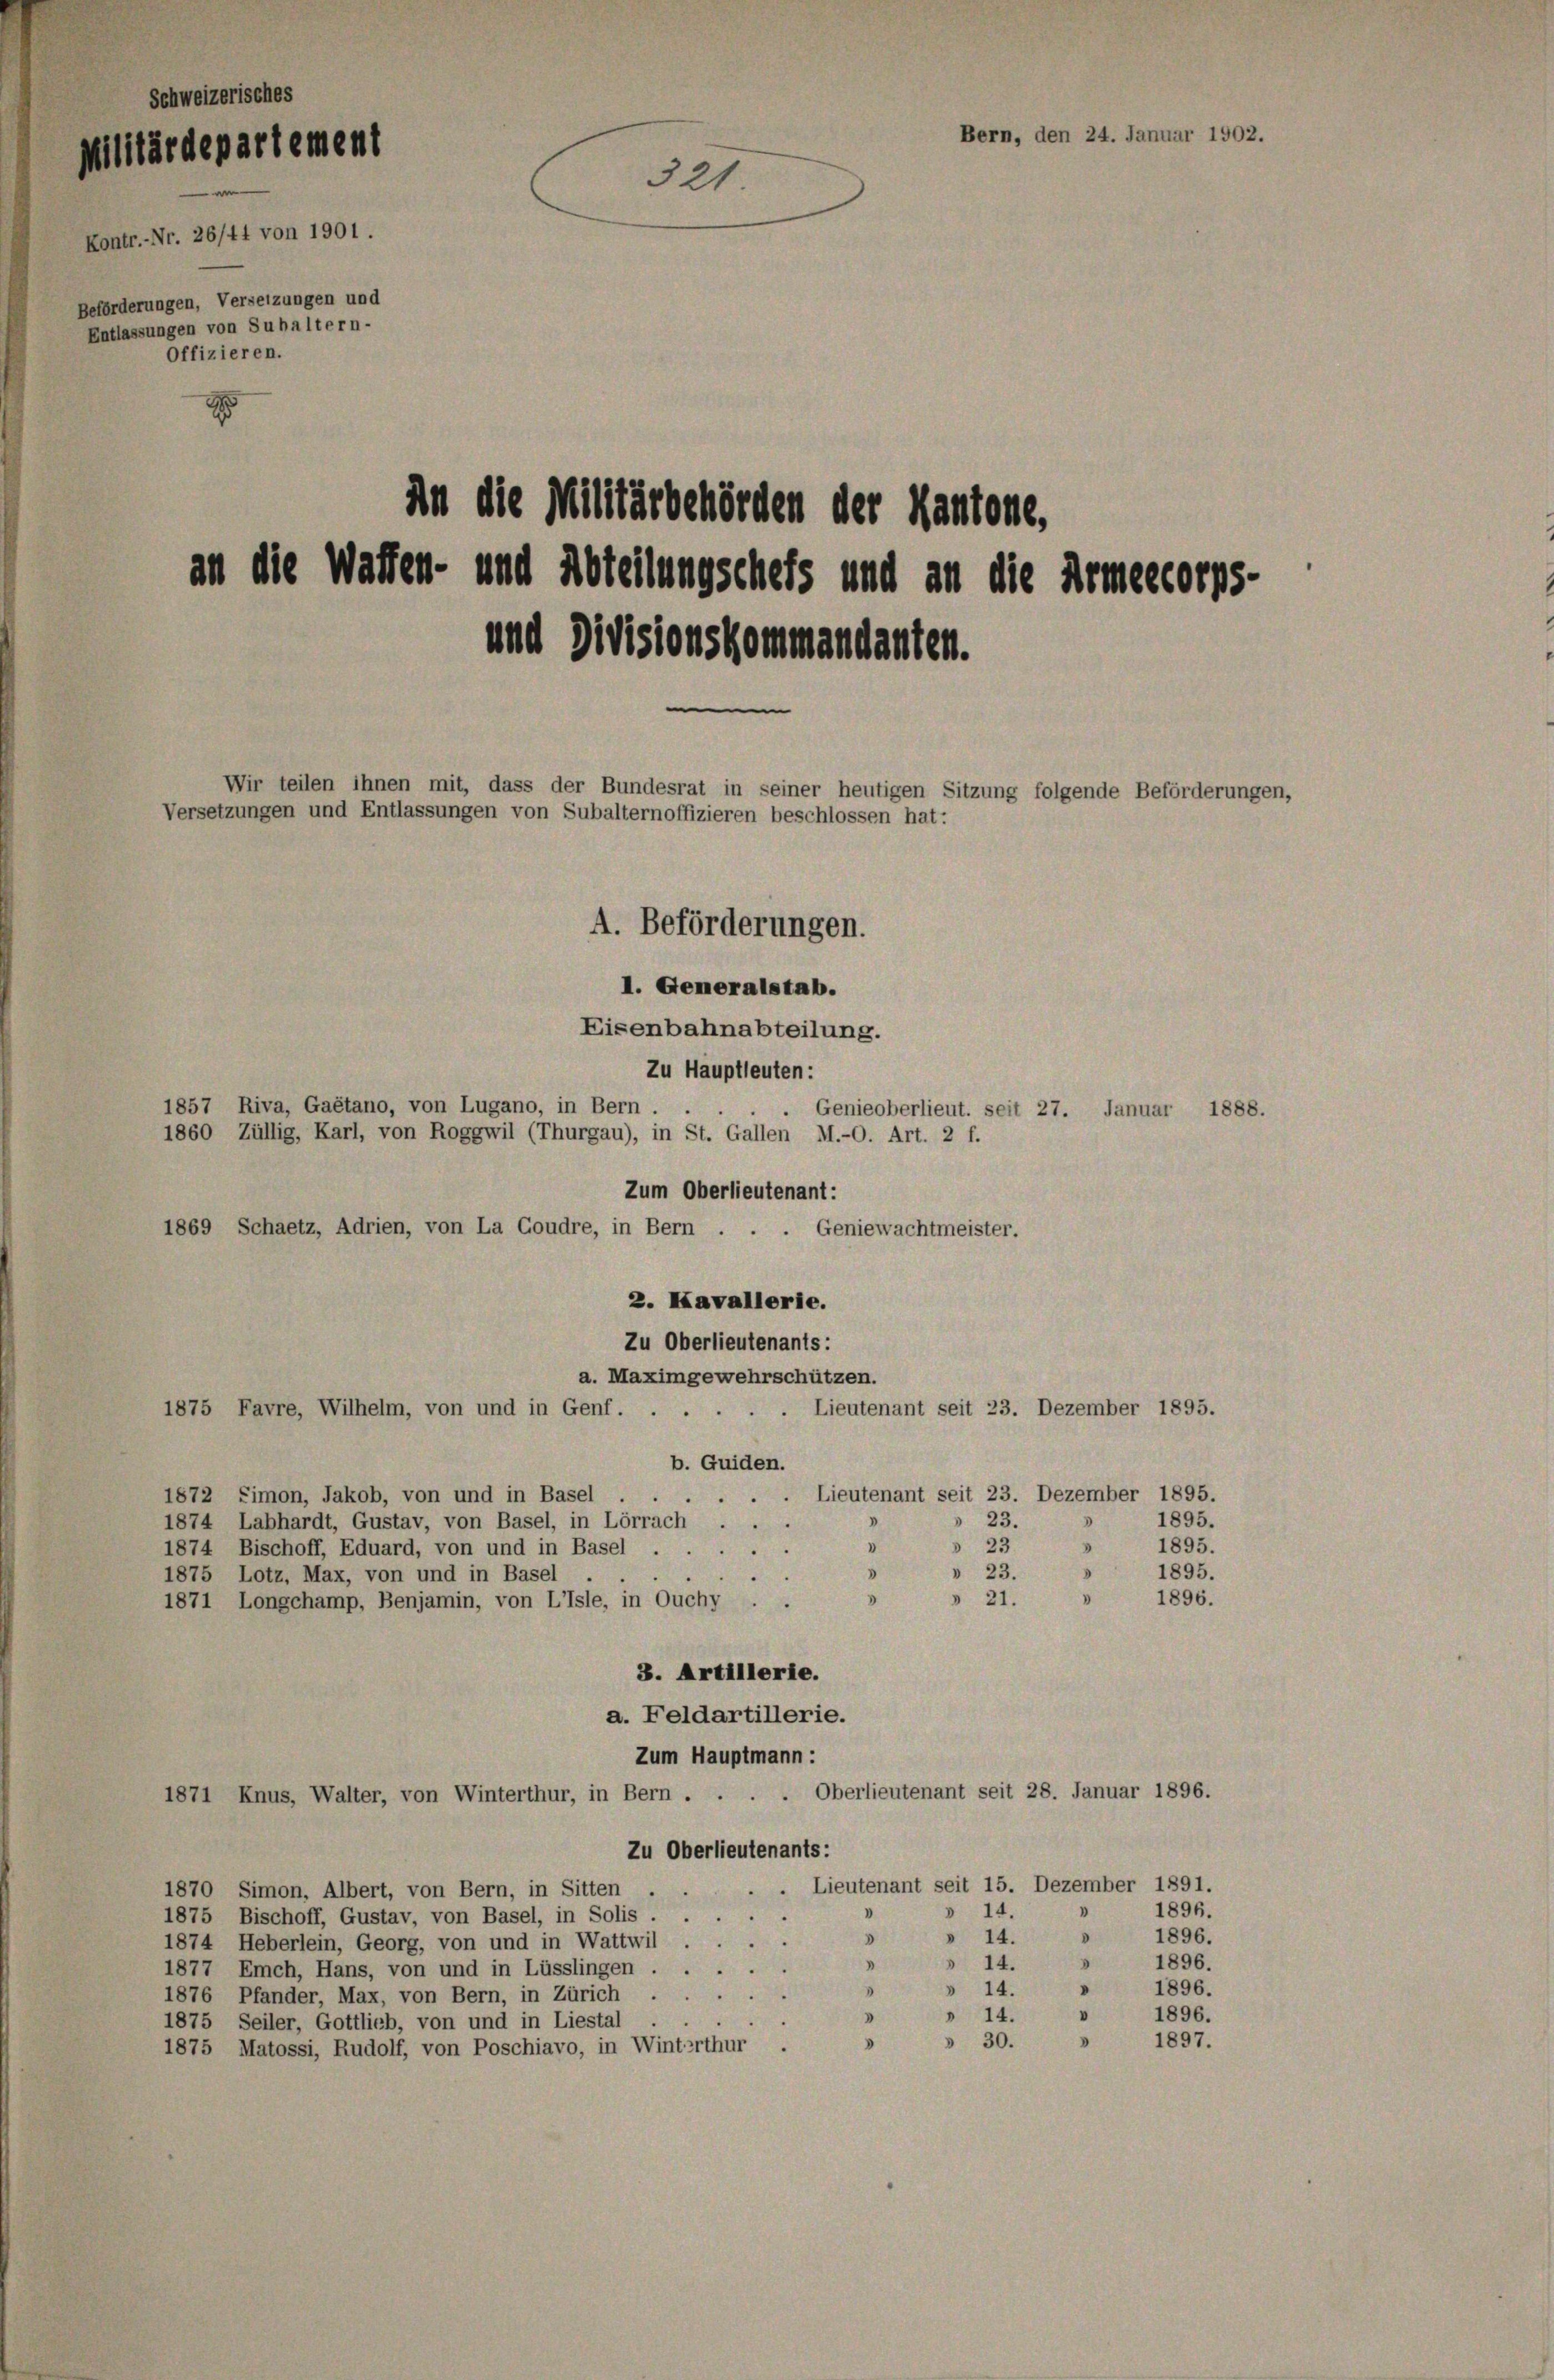
Schweizerisches
Militärdepartement
321.
Kontr.-Nr. 26/44 von 1901.
Beförderungen, Versetzungen und
Entlassungen von Subaltern-
Offizieren.
x
1
An die Militärbehörden der Kantone,
an die Waffen- und Abteilungschefs und an die Armeekorps-
und Divisionskommandanten.
Wir teilen ihnen mit, dass der Bundesrat in seiner heutigen Sitzung folgende Beförderungen,
Versetzungen und Entlassungen von Subalternoffizieren beschlossen hat:
A. Beförderungen.
I. Generalstab.
Eisenbahnabteilung.

Bern, den 24. Januar 1902.

Zu Hauptleuten:
1857 Riva, Gaétano, von Lugano, in Bern
1860 Züllig, Karl, von Roggwil (Thurgau), in St. Gallen M.-O. Art. 2 f.
Zum Oberlieutenant:
1869 Schaetz, Adrien, von La Goudre, in Bern . . . Geniewachtmeister.
2. Kavallerie.
Zu Oberlieutenants:
a. Maximgewehrschützen.
1875 Favre, Wilhelm, von und in Genf.
Lieutenant seit 23. Dezember 1895.
b. Guiden.
Lieutenant seit 23. Dezember 1895.
1872 Simon, Jakob, von und in Basel . .

1895.
» 23.
1874 Labhardt, Gustav, von Basel, in Lörrach
D
» 23
"
1895.
1874 Bischoff, Eduard, von und in Basel
23
3
3
1895.
 23.
1875 Lotz, Max, von und in Basel
"
1896.
5
» 21.
1871 Longchamp, Benjamin, von Lisle, in Ouchy . .
3. Artillerie.
a. Feldartillerie.
Zum Hauptmann:
1871 Knus, Walter, von Winterthur, in Bern . . . . Oberlieutenant seit 28. Januar 1896.
Zu Oberlieutenants:
. Lieutenant seit 15. Dezember 1891.
1870 Simon, Albert, von Bern, in Sitten .
d
1
1896.
"
14.
1875 Bischoff, Gustav, von Basel, in Solis . .
1896.
» 14.
0
8
1874 Heberlein, Georg, von und in Wattwil
1896.
8
» 14.
1
1877 Emch, Hans, von und in Lüsslingen.
» 14. » 1896.
3
1876 Pfander, Max, von Bern, in Zürich
1896.
3
» 14.
1875 Seiler, Gottlich, von und in Liestal
1897.
 30.
D
8
1875 Matossi, Rudolf, von Poschiavo, in Winterthur.

Genieoberlieut. seit 27. Januar 1888.